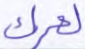
لعمرك